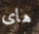
هاى